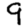
Digit: 9